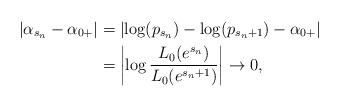
LaTeX: \begin{align*}|\alpha_{s_n}-\alpha_{0+}|& = \left|\log(p_{s_n}) - \log(p_{s_n+1}) -\alpha_{0+}\right| \\& = \left|\log \frac{L_0(e^{s_n})}{L_0(e^{s_n+1})}\right| \to 0,\end{align*}